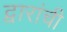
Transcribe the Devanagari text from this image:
द्वारांची